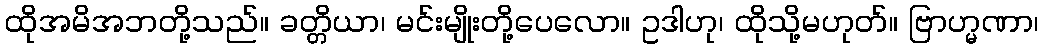
ထိုအမိအဘတို့သည်။ ခတ္တိယာ၊ မင်းမျိုးတို့ပေလော။ ဥဒါဟု၊ ထိုသို့မဟုတ်။ ဗြာဟ္မဏာ၊